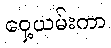
ဝှေ့ယမ်းကာ